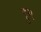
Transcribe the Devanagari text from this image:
ड्रुग